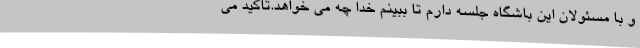
و با مسئولان این باشگاه جلسه دارم تا ببینم خدا چه می خواهد.تاکید می